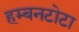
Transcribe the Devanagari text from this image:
हम्बनटोटा